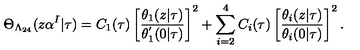
\Theta _ { \Lambda _ { 2 4 } } ( z \alpha ^ { I } | \tau ) = C _ { 1 } ( \tau ) \left[ \frac { \theta _ { 1 } ( z | \tau ) } { \theta _ { 1 } ^ { ' } ( 0 | \tau ) } \right] ^ { 2 } + \sum _ { i = 2 } ^ { 4 } C _ { i } ( \tau ) \left[ \frac { \theta _ { i } ( z | \tau ) } { \theta _ { i } ( 0 | \tau ) } \right] ^ { 2 } .